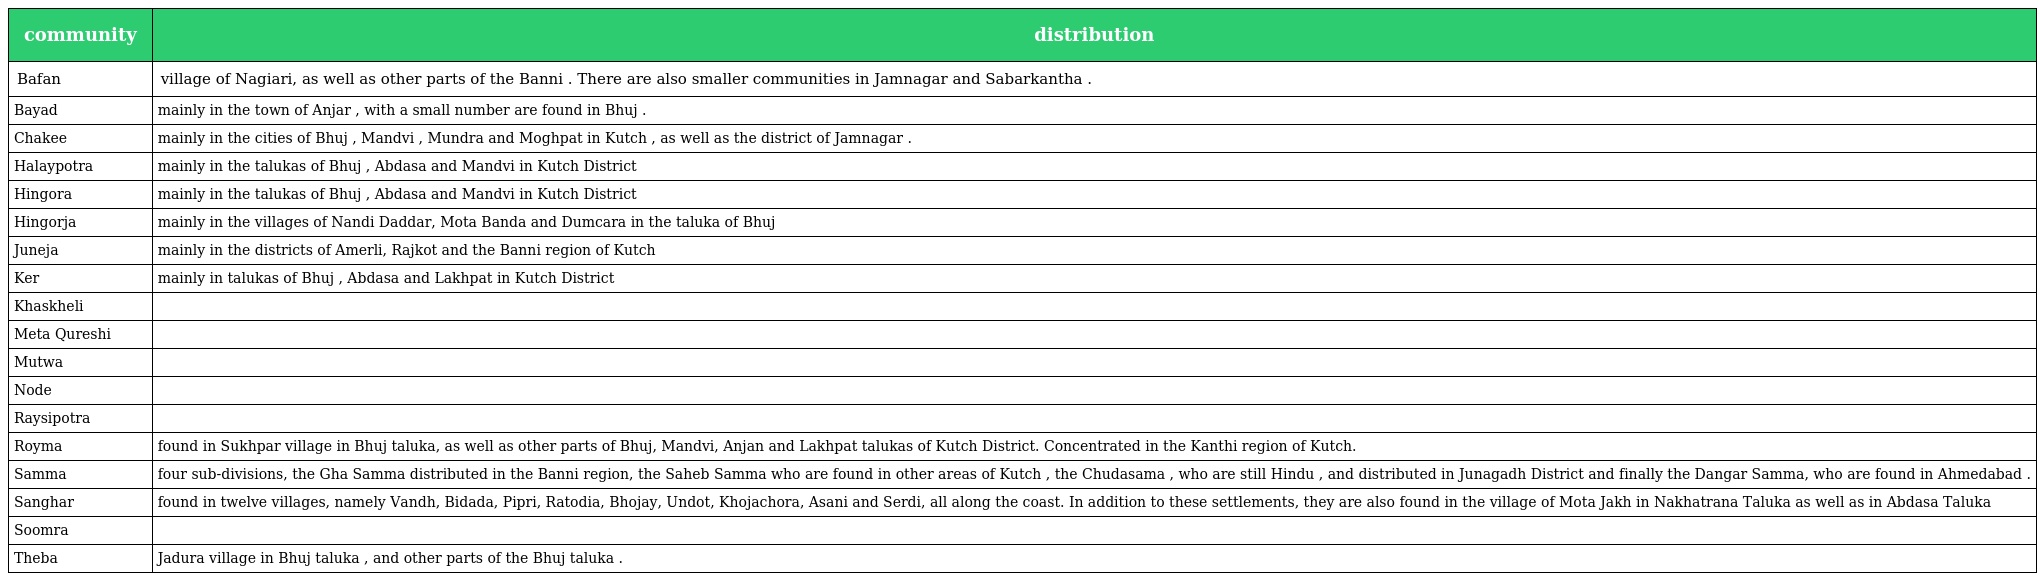
| community | distribution |
 | --- | --- |
 | Bafan | village of Nagiari, as well as other parts of the Banni . There are also smaller communities in Jamnagar and Sabarkantha . |
 | Bayad | mainly in the town of Anjar , with a small number are found in Bhuj . |
 | Chakee | mainly in the cities of Bhuj , Mandvi , Mundra and Moghpat in Kutch , as well as the district of Jamnagar . |
 | Halaypotra | mainly in the talukas of Bhuj , Abdasa and Mandvi in Kutch District |
 | Hingora | mainly in the talukas of Bhuj , Abdasa and Mandvi in Kutch District |
 | Hingorja | mainly in the villages of Nandi Daddar, Mota Banda and Dumcara in the taluka of Bhuj |
 | Juneja | mainly in the districts of Amerli, Rajkot and the Banni region of Kutch |
 | Ker | mainly in talukas of Bhuj , Abdasa and Lakhpat in Kutch District |
 | Khaskheli |  |
 | Meta Qureshi |  |
 | Mutwa |  |
 | Node |  |
 | Raysipotra |  |
 | Royma | found in Sukhpar village in Bhuj taluka, as well as other parts of Bhuj, Mandvi, Anjan and Lakhpat talukas of Kutch District. Concentrated in the Kanthi region of Kutch. |
 | Samma | four sub-divisions, the Gha Samma distributed in the Banni region, the Saheb Samma who are found in other areas of Kutch , the Chudasama , who are still Hindu , and distributed in Junagadh District and finally the Dangar Samma, who are found in Ahmedabad . |
 | Sanghar | found in twelve villages, namely Vandh, Bidada, Pipri, Ratodia, Bhojay, Undot, Khojachora, Asani and Serdi, all along the coast. In addition to these settlements, they are also found in the village of Mota Jakh in Nakhatrana Taluka as well as in Abdasa Taluka |
 | Soomra |  |
 | Theba | Jadura village in Bhuj taluka , and other parts of the Bhuj taluka . |